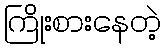
ကြိုးစားနေတဲ့